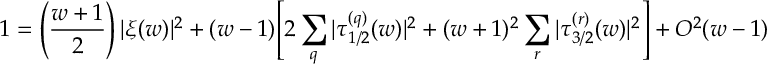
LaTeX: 1 = \left( { \frac { w + 1 } { 2 } } \right) | \xi ( w ) | ^ { 2 } + ( w - 1 ) \Biggl [ 2 \sum _ { q } | \tau _ { 1 / 2 } ^ { ( q ) } ( w ) | ^ { 2 } + ( w + 1 ) ^ { 2 } \sum _ { r } | \tau _ { 3 / 2 } ^ { ( r ) } ( w ) | ^ { 2 } \Biggr ] + { \cal O } ^ { 2 } ( w - 1 )